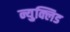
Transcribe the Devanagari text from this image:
न्युक्लिड